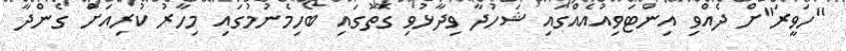
"ހަވީރަ"ށް ދެއްވި އިންޓަވިއުއެއްގައި ޝަހުދާ ވިދާޅުވި ގޮތުގައި ބޯހިމެނުމުގައި މިހާރު ކުރިއަށް ގެންދާ